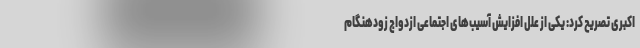
اکبری تصریح کرد: یکی از علل افزایش آسیب‌های اجتماعی ازدواج زودهنگام